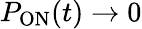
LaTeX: P_{\mathrm{ON}}(t)\rightarrow 0